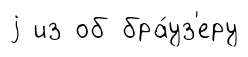
j из об бра́уз'еру